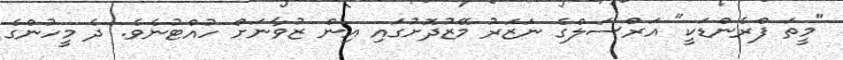
"މީތަ ފްރެންޑަކީ" އަރްސަލްގެ ނަޒަރު މޭޒުދޮށުގައި އިން ޒުވާނަށް ހުއްޓުނެވެ. ދެ މީހުންގެ